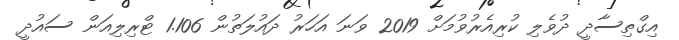
އިގްތިސާދީ ދުވެލި ކުރިއެރުވުމަށް 2019 ވަނަ އަހަރު ދައުލަތުން 1.106 ޓްރިލިއަން ސައުދީ